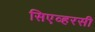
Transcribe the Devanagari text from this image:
सिएव्हरसी